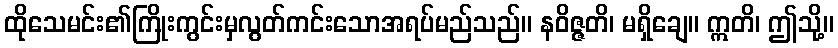
ထိုသေမင်း၏ကြိုးကွင်းမှလွတ်ကင်းသောအရပ်မည်သည်။ နဝိဇ္ဇတိ၊ မရှိချေ။ ဣတိ၊ ဤသို့။